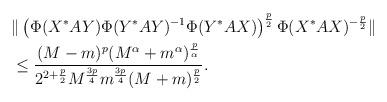
LaTeX: \begin{align*}&\|\left(\Phi(X^*AY)\Phi(Y^*AY)^{-1}\Phi(Y^*AX)\right)^{\frac{p}{2}}\Phi(X^*AX)^{-\frac{p}{2}}\|\\&\le \frac{(M-m)^{p}(M^\alpha+m^\alpha)^{\frac{p}{\alpha}}}{2^{2+\frac{p}{2}} M^{\frac{3p}{4}}m^{\frac{3p}{4}}(M+m)^{\frac{p}{2}}}.\end{align*}